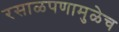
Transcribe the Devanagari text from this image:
रसाळपणामुळेच